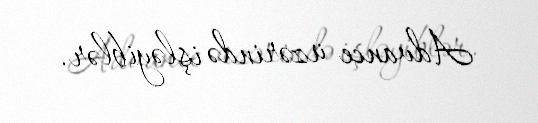
Advance üzərində işləyiblər.